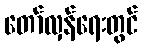
တော်လှန်ရေးတွင်